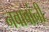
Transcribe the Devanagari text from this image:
नबाबांनी